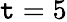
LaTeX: \mathtt{t}=5